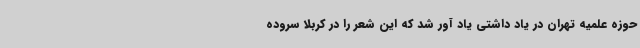
حوزه علمیه تهران در یاد داشتی یاد آور شد که این شعر را در کربلا سروده